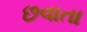
છવાતા